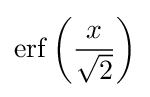
\operatorname {erf} \left({\frac {x}{\sqrt {2}}}\right)